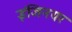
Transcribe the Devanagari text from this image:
इंजिनयर